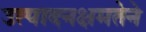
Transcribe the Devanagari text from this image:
उत्पादनक्षमतेने